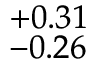
^ { + 0 . 3 1 } _ { - 0 . 2 6 }